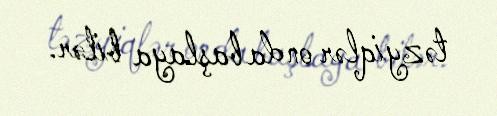
təzyiqlər onda başlaya bilər.